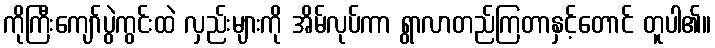
ကိုကြီးကျော်ပွဲကွင်းထဲ လှည်းများကို အိမ်လုပ်ကာ ရွာလာတည်ကြတာနှင့်တောင် တူပါ၏။